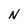
Character: N